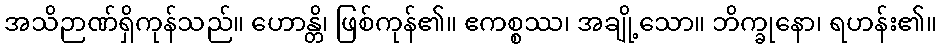
အသိဉာဏ်ရှိကုန်သည်။ ဟောန္တိ၊ ဖြစ်ကုန်၏။ ဧကစ္စဿ၊ အချို့သော။ ဘိက္ခုနော၊ ရဟန်း၏။